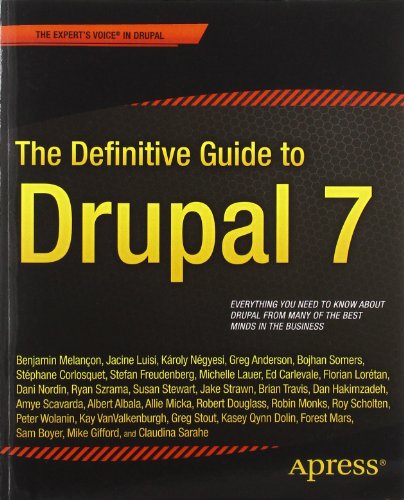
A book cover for The Definitive Guide to Drupal 7; Benjamin Melancon; Computers & Technology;